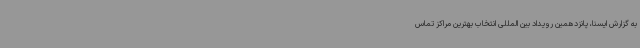
به گزارش ایسنا، پانزدهمین رویداد بین المللی انتخاب بهترین مراکز تماس